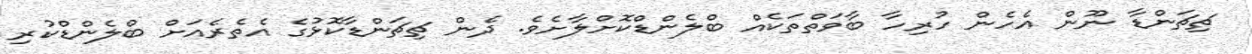
ޗިޗަންޑާ ނޫން އެހެން ހުރިހާ ބާވަތްތަކެއް ބްލެންޑްކޮށްލާށެވެ. ދެން ޗިޗަންޑާކޮޅުގެ އެތެރެއަށް ބްލެންޑްކުރި